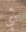
أي